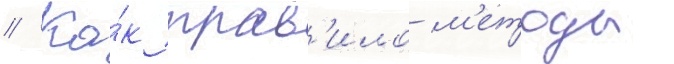
// Ка́к прав'ило м'етоды